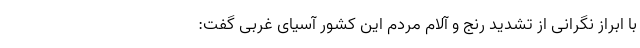
با ابراز نگرانی از تشدید رنج و آلام مردم این کشور آسیای غربی گفت: